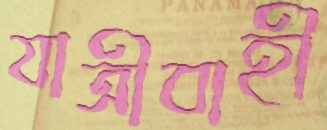
যাত্রীবাহী